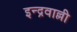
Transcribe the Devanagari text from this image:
इन्द्रवाल्ली